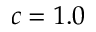
c = 1 . 0